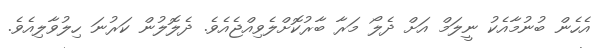
އެހެން ބުނުމާއެކު ނީލަމް އަށް ދެލޯ މަރާ ބާރުކޮށްލެވިއްޖެއެވެ. ދެލޮލުން ކަރުނަ ހިލުވާލިއެވެ.